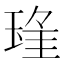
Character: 𱯃